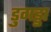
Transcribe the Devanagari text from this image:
डुगड्डा